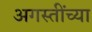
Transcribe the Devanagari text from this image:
अगस्तींच्या